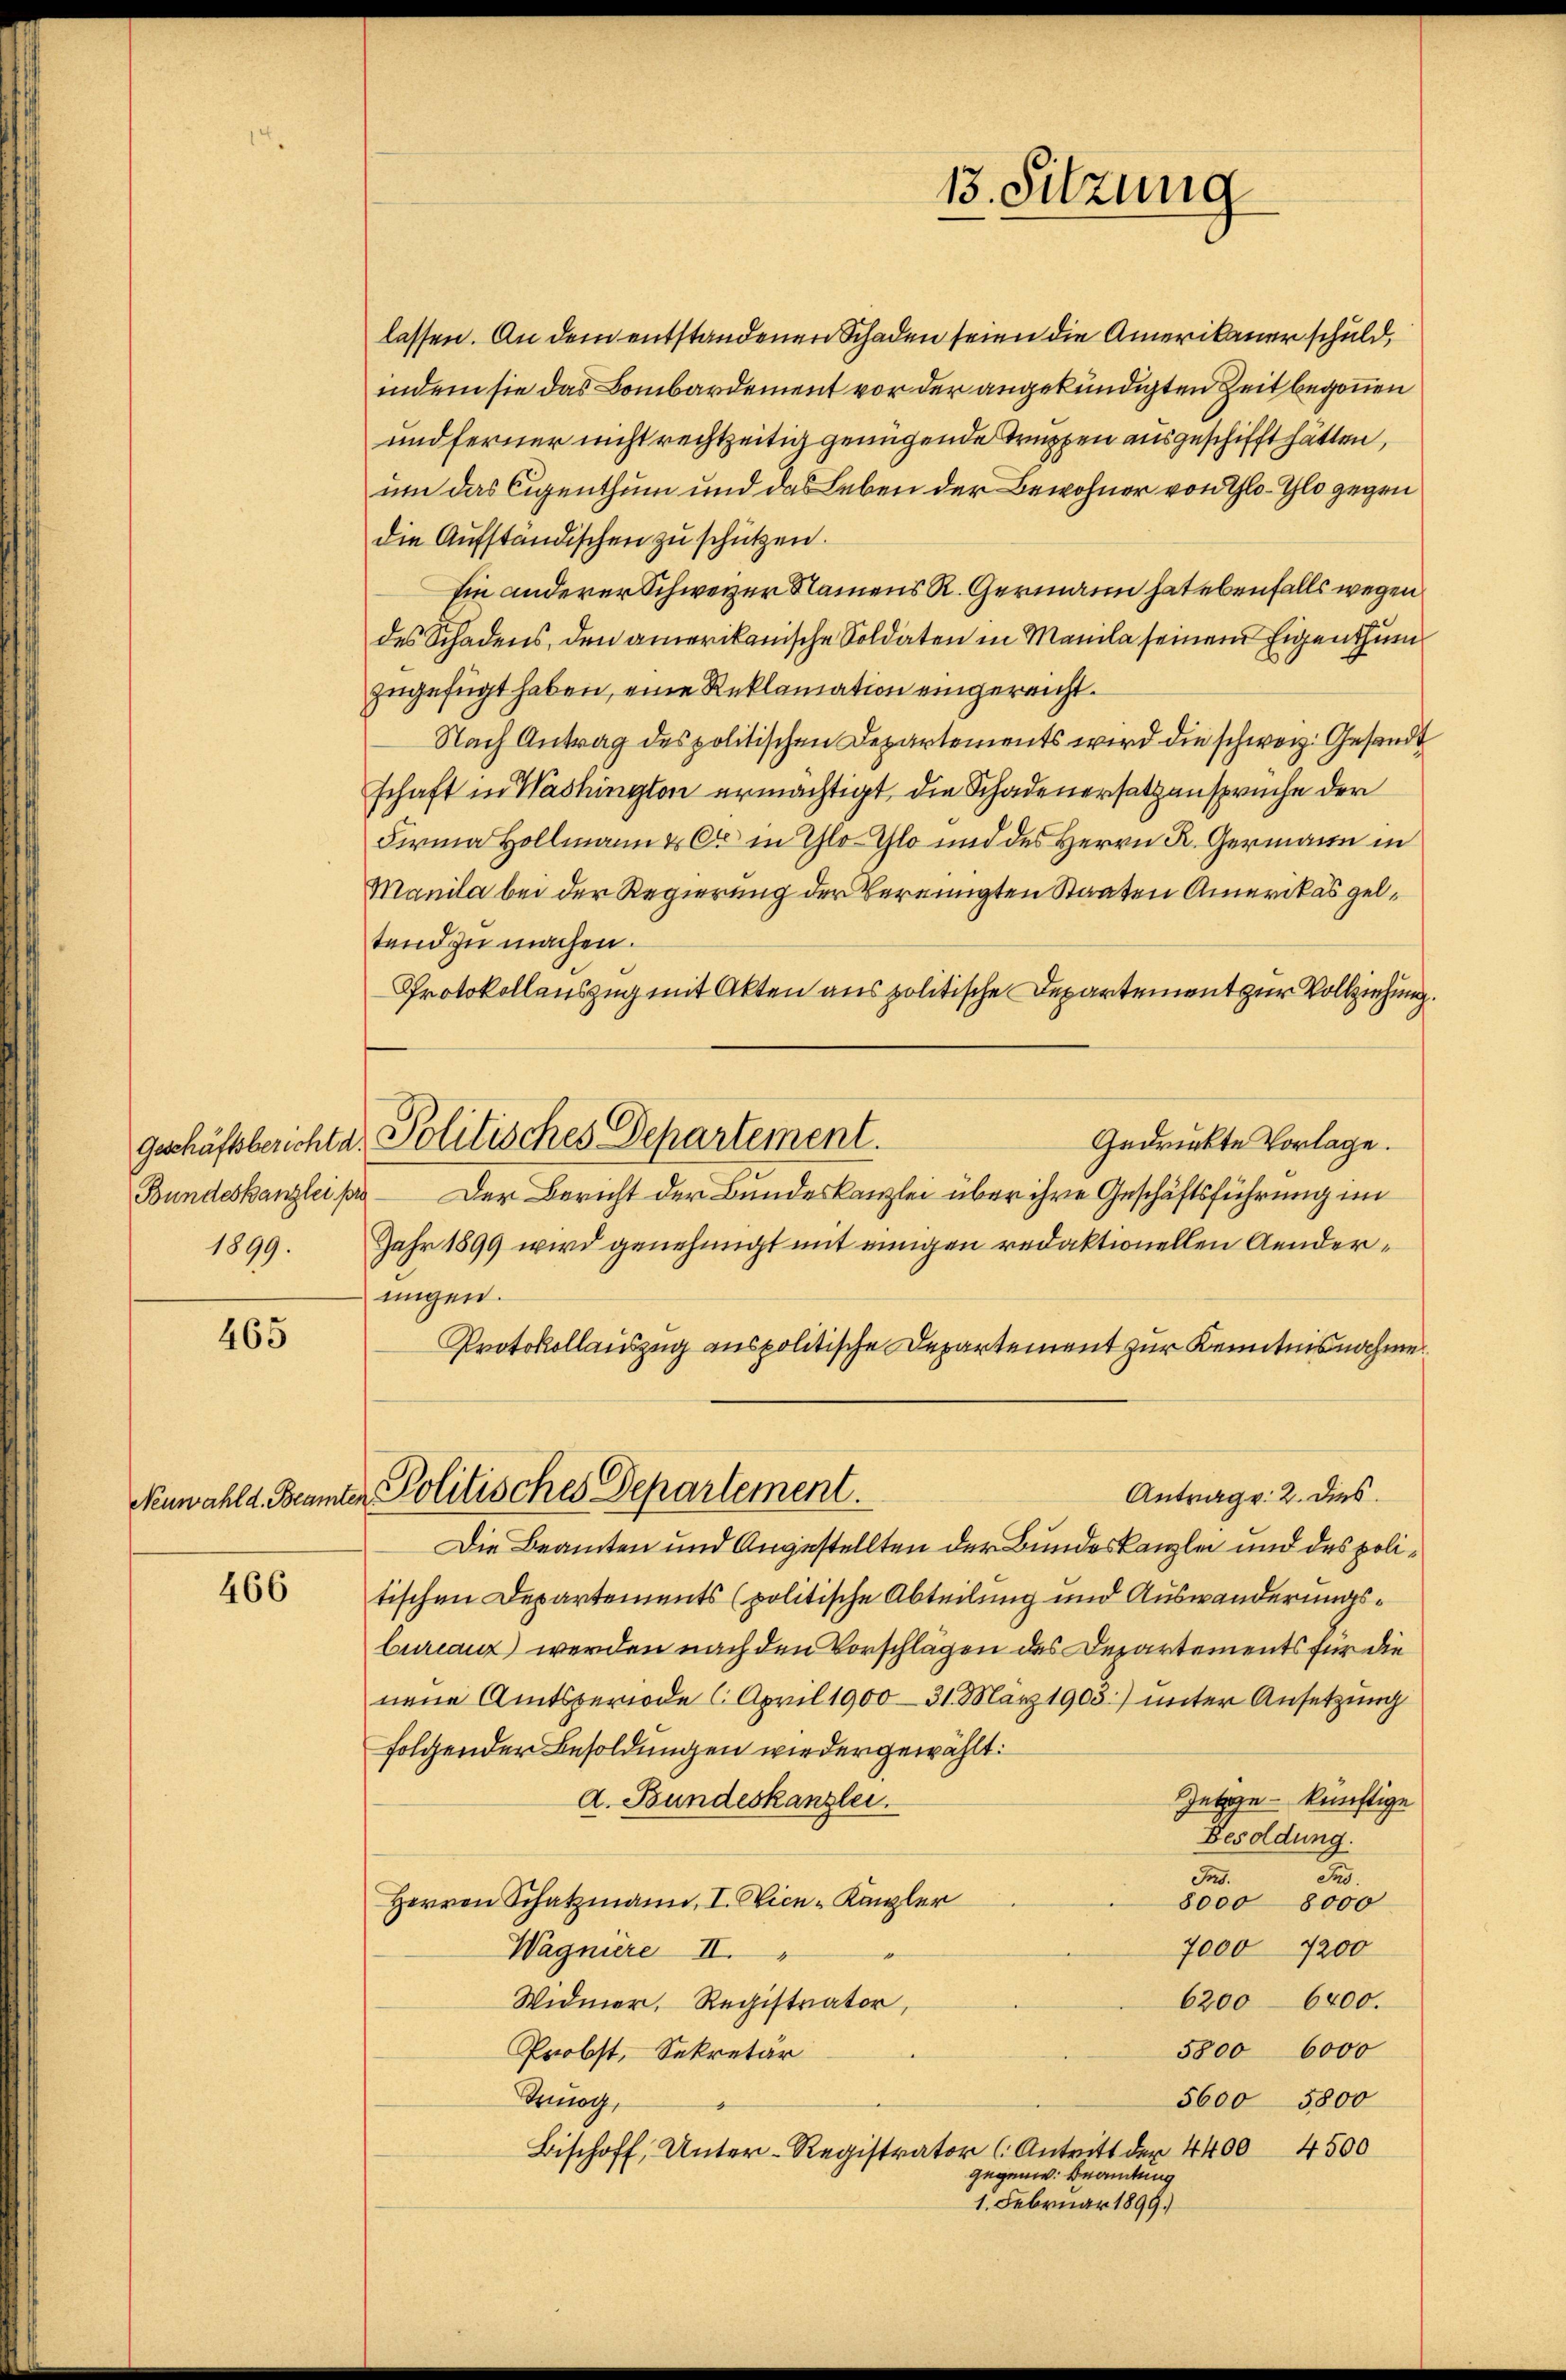
Bundeskanzlei pro

465

Neuwahl d. Beamter

466

lassen. An dem entstandenen Schaden seien die Amerikaner schuld,
indem sie das Bombardement vor der angekündigten Zeit begonnen
und ferner nicht rechtzeitig genügende Truppen ausgeschifft hätten,
um das Eigenthum und das Leben der Bewohner von Glo-Glo gegen
die Aŭfständischen zŭ schützen.
hin anderer Schwerer Namens R. Germann hat ebenfalls wegen
des Schadens, den amerikanische Soldaten in Manila seinen Eigenthum
zugefügt haben, eine Reklamation eingereicht.
Nach Antrag des politischen Departements wird die schweiz. Gesandt
schaft in Washington ermächtigt, die Schadenersatzansprüche der
Firma Hollmann & Cie in Thlo Chlo und des Herrn K. Germann in
Manila bei der Regierung der Vereinigten Staaten Amerikas geltend zu machen.
Protokollauszug mit Akten aus politische Departement zur Vollziehung.
Gedrückte Vorlage.
Der Bericht der Bundeskanzlei über ihre Geschäftsführung im
1899. Jahr 1899 wird genehmigt mit einigen redaktionellen Aenderungen.
Protokollauszug aus politische Departement zur Kenntnisnahme
Politisches Departement.
Antrag: 2. dies
Die Beamten und Angestellten der Bundeskanzlei und des politischen Departements (politische Abteilung und Auswanderungs¬
Curanz werden nach den Vorschlägen des Departements für die
nene Amtsperiode 6. April 1900 - 31. März 1905) unter Ansetzung
folgender Besoldungen wiedergewählt:
Zetige künftige
a. Bundeskanzlei.
Besoldung.
22.
e
Herren Schatzmann, I. Vice-Kanzler
8000 8000
7000 7200
Wagniere II.
.
6200-6400.
Widmer, Registrator,
5800 6000
Probst, Sekretär
5600 5800
Snuog,
Bischoff, Unter-Registrator (Antritt der 4400 4500
gegenw. Beamtung
1. Februar 1899.

geschäftsberichte Politisches Departement.

13. Sitzung